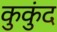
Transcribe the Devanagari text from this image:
कुकुंद